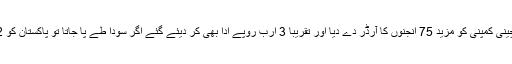
69 ریل انجنوں کے ناکارہ ہونے کے باوجود پانچ جون 2008ء کو پیپلزپارٹی حکومت نے اسی چینی کمپنی کو مزید 75 انجنوں کا آرڈر دے دیا اور تقریباً 3 ارب روپے ادا بھی کر دیئے گئے اگر سودا طے پا جاتا تو پاکستان کو 22 ارب روپیہ ادا کرنا پڑتا، ان 75 انجنوں کی درآمد روکنے کے لیے 10 کروڑ روپیہ ڈوب گیا ۔